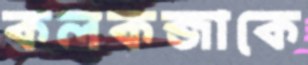
কলকব্জাকে